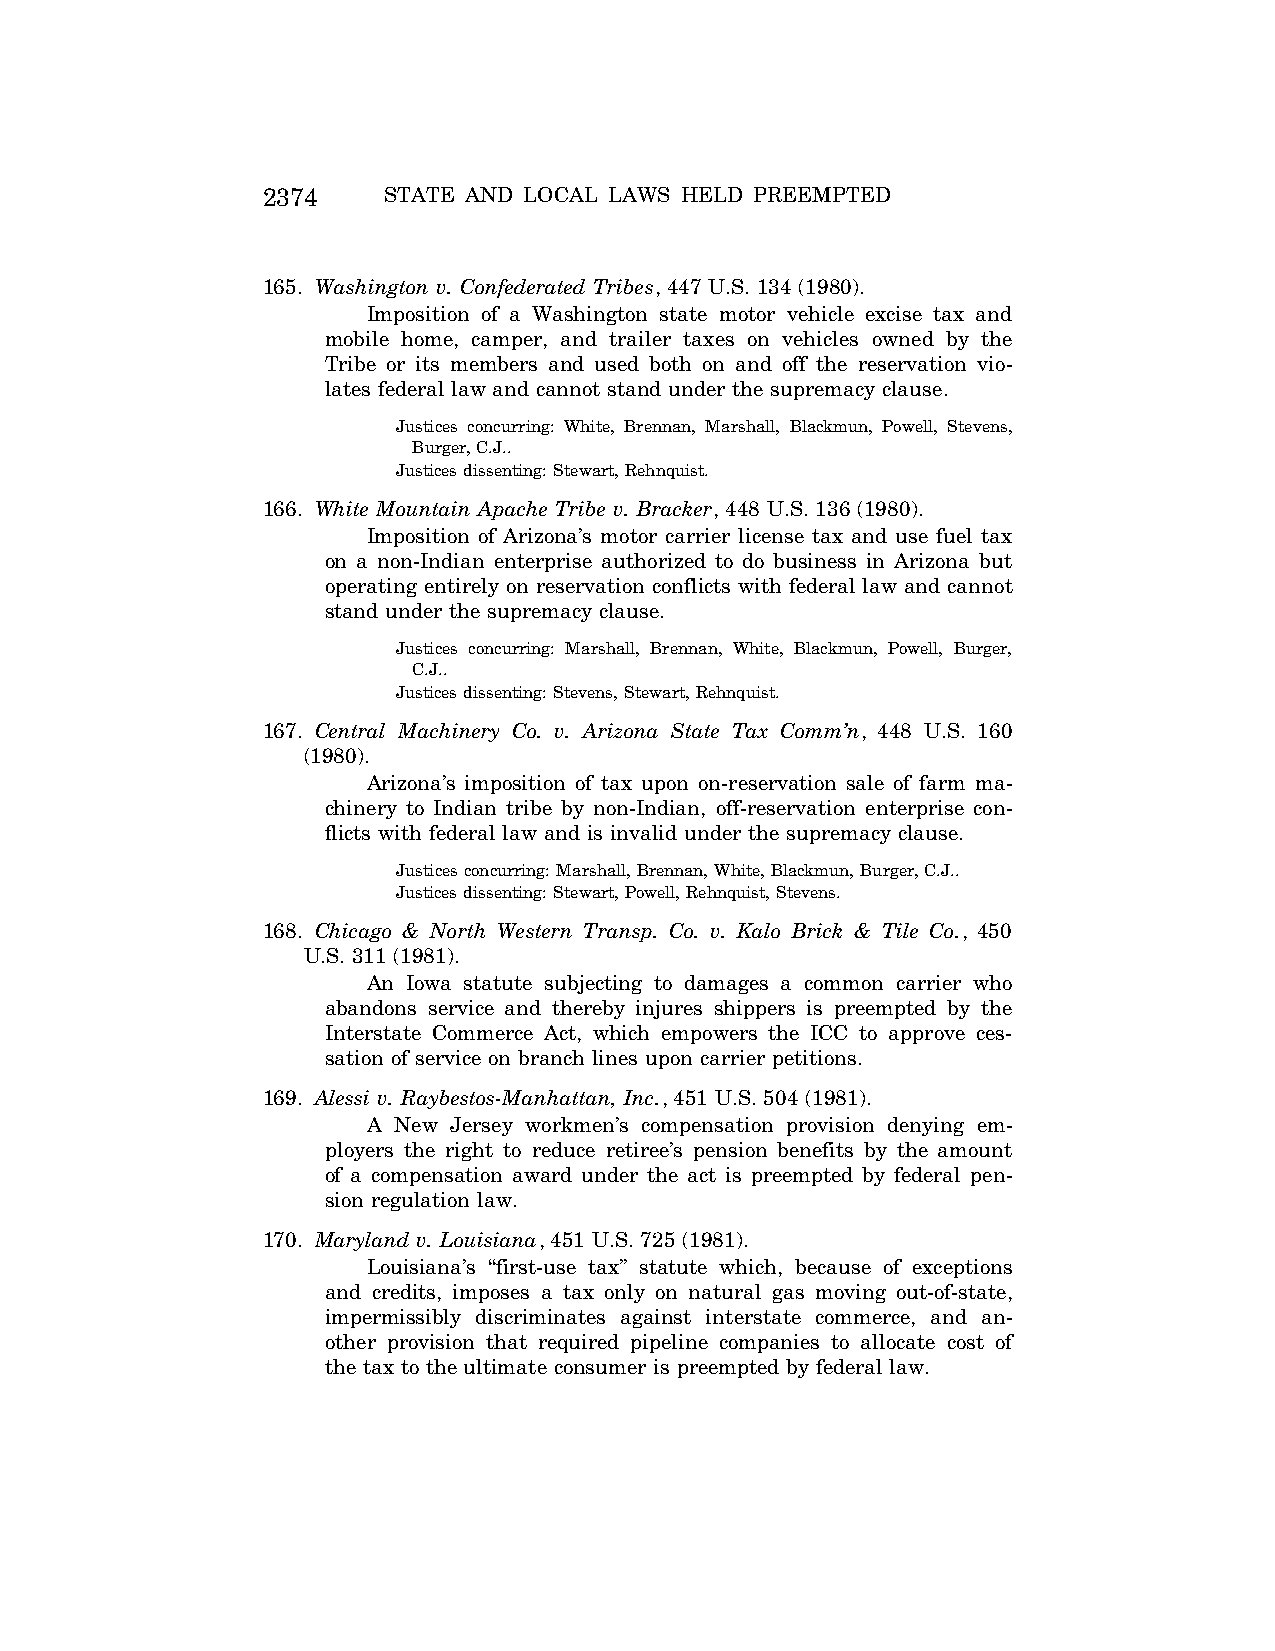
2374    STATE AND LOCAL LAWS HELD PREEMPTED
 165. Washington v. Confederated Tribes, 447 U.S. 134 (1980).
 Imposition of a Washington state motor vehicle excise tax and
 mobile home, camper, and trailer taxes on vehicles owned by the
 Tribe or its members and used both on and off the reservation vio-
 lates federal law and cannot stand under the supremacy clause.
 Justices concurring: White, Brennan, Marshall, Blackmun, Powell, Stevens,
 Burger, C.J..
 Justices dissenting: Stewart, Rehnquist.
 166. White Mountain Apache Tribe v. Bracker, 448 U.S. 136 (1980).
 Imposition of Arizona’s motor carrier license tax and use fuel tax
 on a non-Indian enterprise authorized to do business in Arizona but
 operating entirely on reservation conflicts with federal law and cannot
 stand under the supremacy clause.
 Justices concurring: Marshall, Brennan, White, Blackmun, Powell, Burger,
 C.J..
 Justices dissenting: Stevens, Stewart, Rehnquist.
 167. Central Machinery Co. v. Arizona State Tax Comm’n, 448 U.S. 160
 (1980).
 Arizona’s imposition of tax upon on-reservation sale of farm ma-
 chinery to Indian tribe by non-Indian, off-reservation enterprise con-
 flicts with federal law and is invalid under the supremacy clause.
 Justices concurring: Marshall, Brennan, White, Blackmun, Burger, C.J..
 Justices dissenting: Stewart, Powell, Rehnquist, Stevens.
 168. Chicago & North Western Transp. Co. v. Kalo Brick & Tile Co., 450
 U.S. 311 (1981).
 An Iowa statute subjecting to damages a common carrier who
 abandons service and thereby injures shippers is preempted by the
 Interstate Commerce Act, which empowers the ICC to approve ces-
 sation of service on branch lines upon carrier petitions.
 169. Alessi v. Raybestos-Manhattan, Inc., 451 U.S. 504 (1981).
 A New Jersey workmen’s compensation provision denying em-
 ployers the right to reduce retiree’s pension benefits by the amount
 of a compensation award under the act is preempted by federal pen-
 sion regulation law.
 170. Maryland v. Louisiana, 451 U.S. 725 (1981).
 Louisiana’s ‘‘first-use tax’’ statute which, because of exceptions
 and credits, imposes a tax only on natural gas moving out-of-state,
 impermissibly discriminates against interstate commerce, and an-
 other provision that required pipeline companies to allocate cost of
 the tax to the ultimate consumer is preempted by federal law.
 VerDate Aug<04>2004 12:59 Aug 23, 2004 Jkt 077500 PO 00000 Frm 00028 Fmt 8222 Sfmt 8222 C:\CONAN\CON066.SGM PRFM99 PsN: CON066